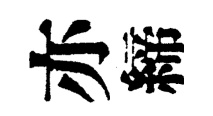
亦締